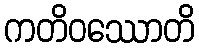
ကတိဝဿောတိ